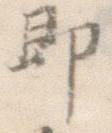
即